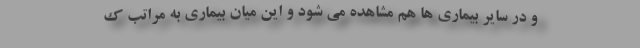
و در سایر بیماری ها هم مشاهده می شود و این میان بیماری به مراتب ک